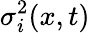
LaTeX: \sigma_{i}^{2}(x,t)